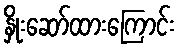
နှိုးဆော်ထားကြောင်း